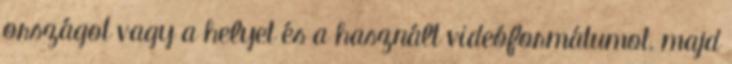
országot vagy a helyet és a használt videóformátumot, majd